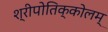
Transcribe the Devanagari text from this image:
श्रीपोतिक्कोलम्